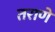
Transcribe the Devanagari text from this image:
तराणे